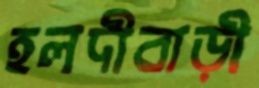
হলদীবাড়ী